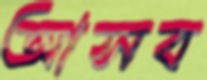
আসব